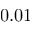
0 . 0 1